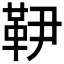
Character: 𩉥